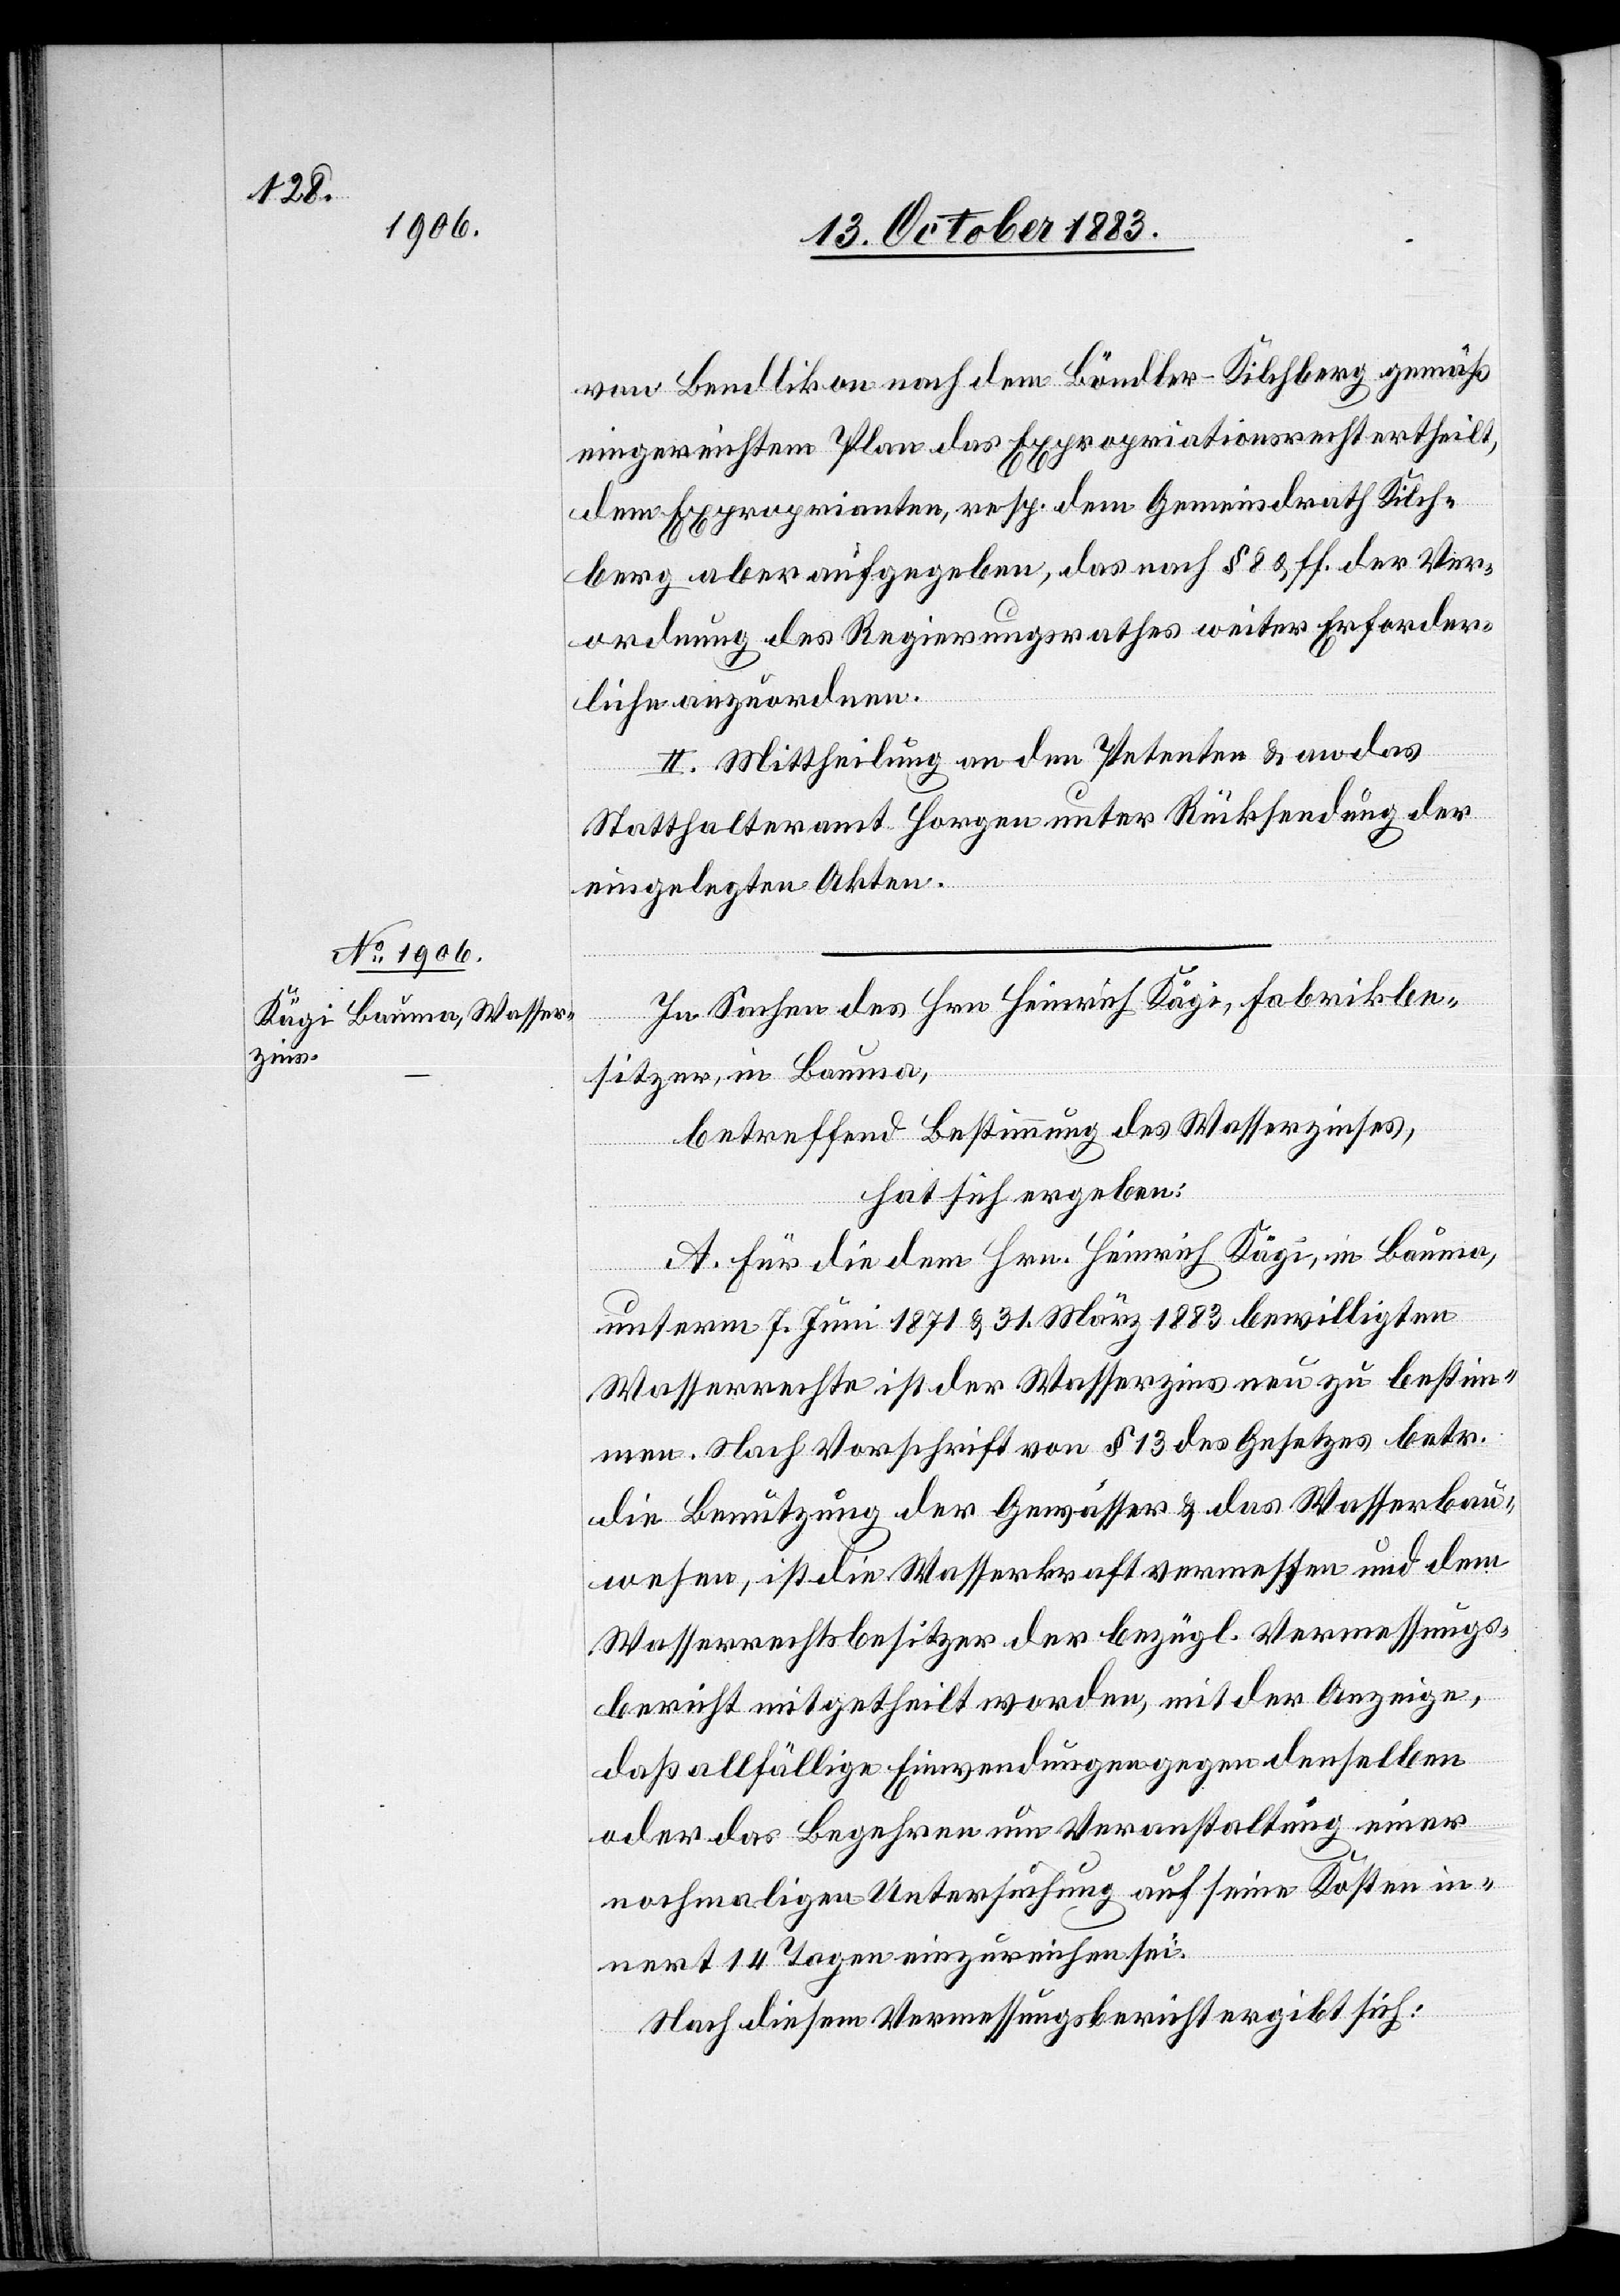
von Bendlikon nach dem Bändler - Kilchberg gemäß
eingereichtem Plan das Expropriationsrecht ertheilt,
dem Exproprianten, resp. dem Gemeindrath Kilch¬
berg aber aufgegeben, das nach § 8 & ff. der Ver¬
ordnung des Regierungsrathes weiter Erforder¬
liche anzuordnen.
II. Mittheilung an den Petenten & an das
Statthalteramt Horgen unter Rücksendung der
eingelegten Akten.
In Sachen des Hrn. Heinrich Kägi, Fabrikbe¬
sitzer, in Bauma,
betreffend Bestimmung des Wasserzinses,
hat sich ergeben:
A. Für die dem Hrn. Heinrich Kägi, in Bauma,
unterm 7. Juni 1871 & 31. März 1883 bewilligten
Wasserrechte ist der Wasserzins neu zu bestim¬
men. Nach Vorschrift von § 13 des Gesetzes betr.
die Benutzung der Gewässer & des Wasserbau¬
wesens, ist die Wasserkraft vermessen und dem
Wasserrechtsbesitzer der bezügl. Vermessungs¬
bericht mitgetheilt worden, mit der Anzeige
daß allfällige Einwendungen gegen denselben
oder das Begehren um Veranstaltung einer
nochmaligen Untersuchung auf seine Kosten in¬
nert 14 Tagen einzureichen sei.
Nach diesem Vermessungsbericht ergibt sich: